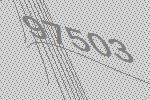
97503